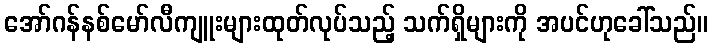
အော်ဂန်နစ်မော်လီကျူးများထုတ်လုပ်သည့် သက်ရှိများကို အပင်ဟုခေါ်သည်။